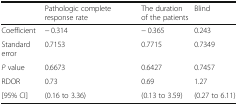
|  | Pathologic complete response rate | The duration of the patients | Blind |
 | --- | --- | --- | --- |
 | Coefficient | − 0.314 | − 0.365 | 0.243 |
 | Standard error | 0.7153 | 0.7715 | 0.7349 |
 | P value | 0.6673 | 0.6427 | 0.7457 |
 | RDOR | 0.73 | 0.69 | 1.27 |
 | [95% CI] | (0.16 to 3.36) | (0.13 to 3.59) | (0.27 to 6.11) |